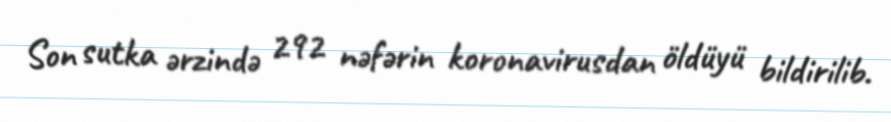
Son sutka ərzində 292 nəfərin koronavirusdan öldüyü bildirilib.